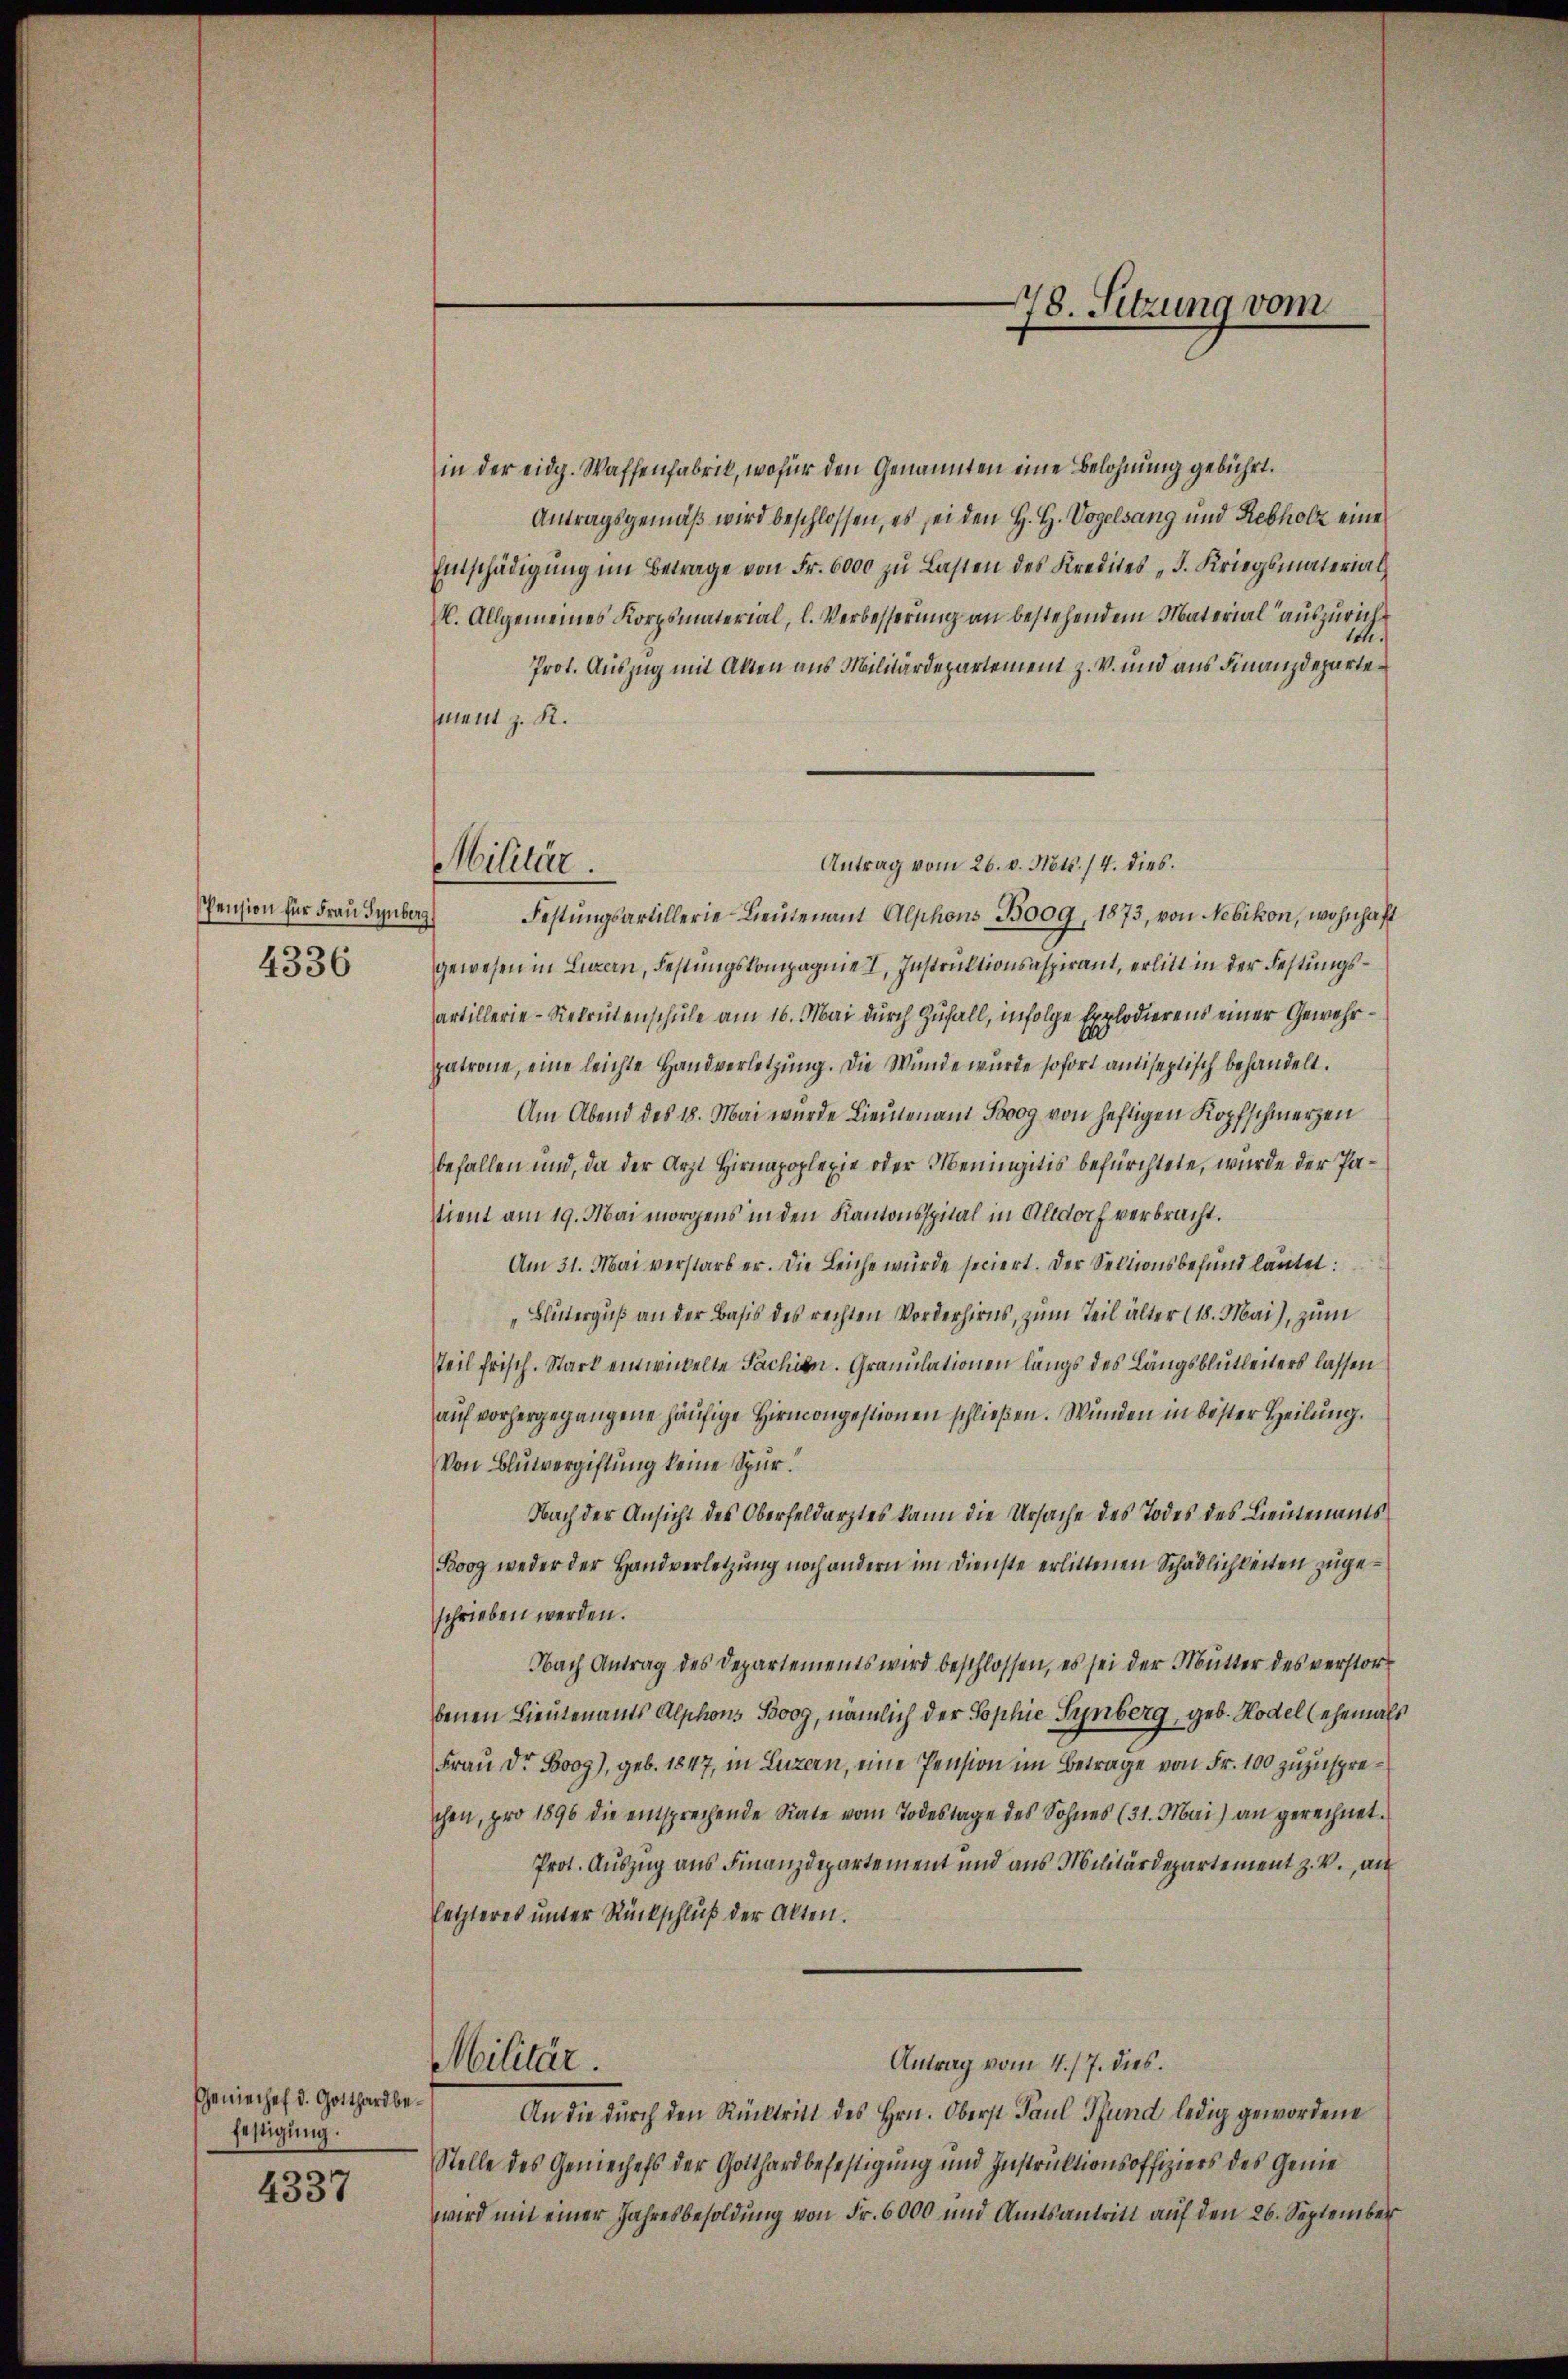
Pension für Frau Tynberg)
4336

Geniechef d. Gotthard befettigung.

4337

Militär.

in der eidg. Waffenfabrik, wofür den Genannten eine Belohnung gebührt.
Antragsgemäß wird beschlossen, es sei den H. H. Vogelsang und Rebholz eine
Entschädigŭng im Betrage von Fr. 6000 zŭ Lasten des Kredites „F. Kriegsmaterial
k. Allgemeines Korpsmaterial, l. Verbesserung an bestehendem Material auszurich¬
1.
Prot. Auszug mit Akten aus Militärdepartement z. V. und aus Finanzdepartement z. R.
Antrag vom 26. v. Mts. 14. dies.
Festŭngsartillerie Lieŭtenant Alphons Boog, 1873, von Nebikon, wohnhaft
gewesen in Luzern, Festungskompagnie, Instruktionsaspirant, erlitt in der Festungsartillerie-Rekrutenschule am 16. Mai durch Zufall, infolge Explodierens einer Gewehrpatrone, eine leichte Handverletzung. Die Wunde wurde sofort antiseptisch behandelt.
Am Abend des 18. Mai wurde Lieutenant Pog von heftigen Kopfschmerzen
befallen und, da der Arzt Hirnapoplexie oder Meningitis befürchtete, wurde der Pastient am 19. Mai morgens in den Kantonsspital in Altdorf verbracht.
Am 31. Mai verstarb er. Die Leiche wurde seciert. Der Sektionsbefund lautet:
„Blüterguß an der Basis des rechten Vorderhirns, zum Teil älter (18. Mai), zum
steil frisch. Stark einwickelte Sachen. Granulationen längs des Längsblutheiters lassen
auf vorhergegangene häufige Hirncongestionen schließen. Wunden in bester Heilung.
Von Blutvergiftung keine Spur.
Nach der Ansicht des Oberfeldarztes kann die Ursache des Todes des Lieutenants
Boog weder der Handverletzung noch andern im Dienste erlittenen Schädlichkeiten zugeschrieben werden.
Nach Antrag des Departements wird beschlossen, es sei der Mutter des verstorbenen Lieutenants Alphons Boog, nämlich der Sophie Synberg, geb. Hodel (ehemals
Frau Dr. Boog), geb. 1847, in Luzern, eine Pension im Betrage von Fr. 100 zuzusprechen, pro 1896 die entsprechende Rate vom Todestage des Sohnes (31. Mai) an gerechnet.
Prot. Auszug aus Finanzdepartement und aus Militärdepartement z. V., au
letzteres ŭnter Rückschluß der Akten.
Militär.
Antrag vom 4./7. dies.
An die durch den Rücktritt des Hrn. Oberst Paul Pfund ledig gewordene
Stelle des Gemeichefs der Gotthardbefestigung und Instruktionsoffiziers des Genewird mit einer Jahresbesoldung von Fr. 6000 und Amtsantritt auf den 26. September

78. Setzung vom